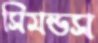
সিমন্ডস